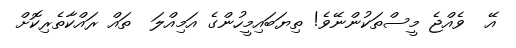
އޭ  ވެއްޖެ މީސްތަކުންނޭވެ! ތިޔަބައިމީހުންގެ އަމިއްލަ  ތައް ރައްކާތެރިކޮށް